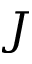
\boldsymbol { J }